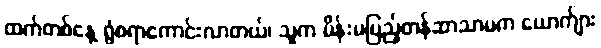
ထက်တစ်နေ့ ရွံစရာကောင်းလာတယ်၊ သူက မိန်းမပြည့်တန်ဆာသာမက ယောက်ျား